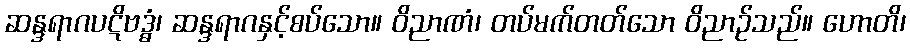
ဆန္ဒရာဂပဋိဗဒ္ဓံ၊ ဆန္ဒရာဂနှင့်စပ်သော။ ဝိညာဏံ၊ တပ်မက်တတ်သော ဝိညာဉ်သည်။ ဟောတိ၊